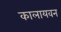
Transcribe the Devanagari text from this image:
कालायवन